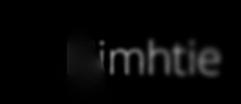
Nimhtie